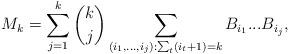
LaTeX: \begin{align*}M_k=\sum_{j=1}^k \binom{k}{j}\sum_{(i_1,...,i_j):\sum_t (i_t+1)=k}B_{i_1}...B_{i_j},\end{align*}